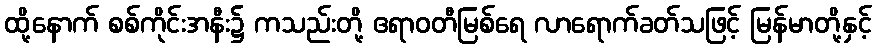
ထို့နောက် စစ်ကိုင်းအနီး၌ ကသည်းတို့ ဧရာဝတီမြစ်ရေ လာရောက်ခတ်သဖြင့် မြန်မာတို့နှင့်